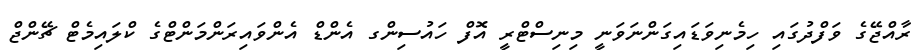
ރާއްޖޭގެ ވަފްދުގައި ހިމެނިވަޑައިގަންނަވަނީ މިނިސްޓްރީ އޮފް ހައުސިންގ އެންޑް އެންވައިރަންމަންޓްގެ ކްލައިމެޓް ޗޭންޖް